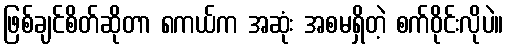
ဖြစ်ချင်စိတ်ဆိုတာ ၈ကယ်က အဆုံး အစမရှိတဲ့ စက်ဝိုင်းလိုပဲ။